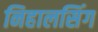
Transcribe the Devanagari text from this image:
निहालसिंग